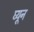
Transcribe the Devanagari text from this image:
घ्यून